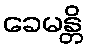
ခေမန္တိ